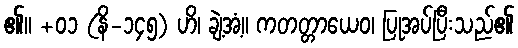
၏။ +၀၁ (နိ-၁၄၅) ဟိ၊ ချဲ့အံ့။ ကတတ္တာယေဝ၊ ပြုအပ်ပြီးသည်၏